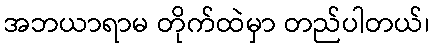
အဘယာရာမ တိုက်ထဲမှာ တည်ပါတယ်၊